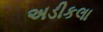
અડીકલા